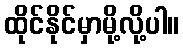
ထိုင်နိုင်မှာမို့လို့ပါ။